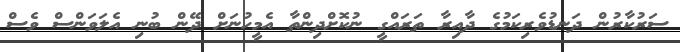
ސަރުކާރުން ދަނޑުވެރިކަމުގެ ދާއިރާ ތަރައްގީ ނުކޮށްދިންތާ އެމީހުނަށް ދޭން ބުނި އެލަވަންސް ވެސް